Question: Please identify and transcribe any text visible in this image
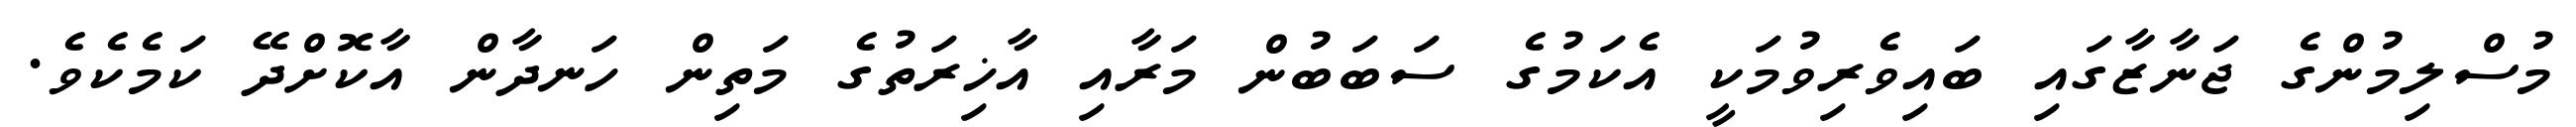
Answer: މުސްލިމުންގެ ޖަނާޒާގައި ބައިވެރިވުމަކީ އެކަމުގެ ސަބަބުން މަރާއި އާޚިރަތުގެ މަތިން ހަނދާން އާކޮށްދޭ ކަމެކެވެ.